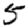
Digit: 5